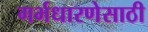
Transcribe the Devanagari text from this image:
गर्भधारणेसाठी